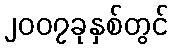
၂၀၀၇ခုနှစ်တွင်